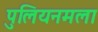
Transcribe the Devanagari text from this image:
पुलियनमला